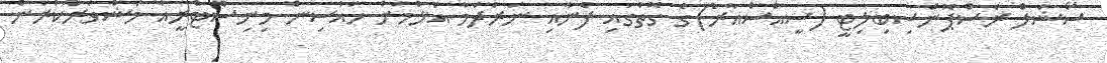
ސޯޝަލް ރެސްޕޮންސިބިލިޓީ (ސީއެސްއާރު)ގެ ގޮތުގައި ފެނާއި ނަރުދަމާ އެޅުމަށް ހައުސިން މިނިސްޓްރީއާ މަޝްވަރާކުރަން